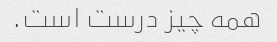
همه چیز درست است.